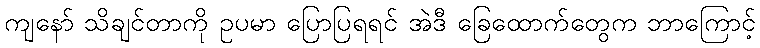
ကျနော် သိချင်တာကို ဥပမာ ပြောပြရရင် အဲဒီ ခြေထောက်တွေက ဘာကြောင့်